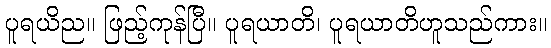
ပူရယိည။ ဖြည့်ကုန်ပြီ။ ပူရယာတိ၊ ပူရယာတိဟူသည်ကား။